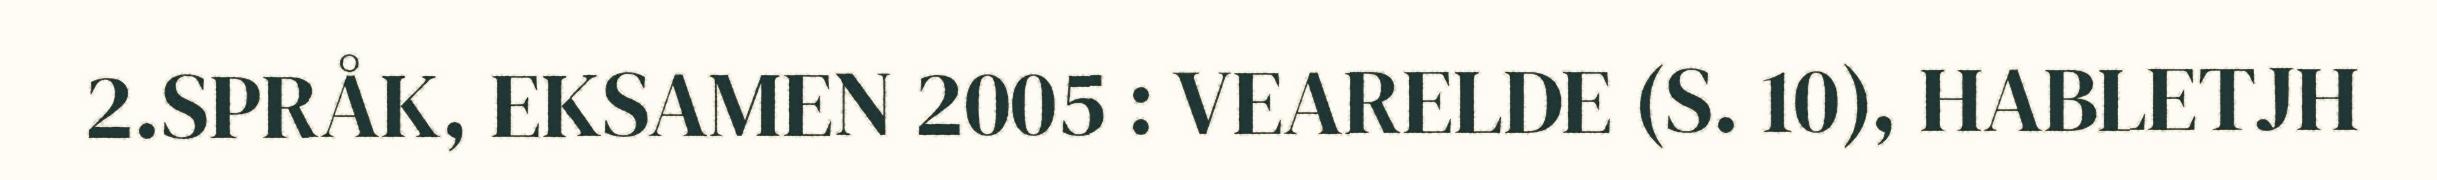
2.SPRÅK, EKSAMEN 2005 : VEARELDE (S. 10), HABLETJH